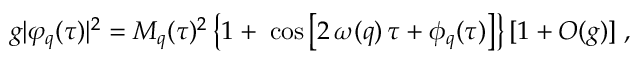
g | \varphi _ { q } ( \tau ) | ^ { 2 } = M _ { q } ( \tau ) ^ { 2 } \left\{ 1 + \; \cos \left[ 2 \, \omega ( q ) \, \tau + \phi _ { q } ( \tau ) \right] \right\} [ 1 + O ( g ) ] \; ,